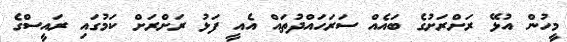
މީހުން އުޅޭ ރަށްރަށުގެ ބައެއް ސަރަހައްދުތައް އެއީ ފަޅު ރަށްރަށް ކަމުގައި ރައީސްގެ